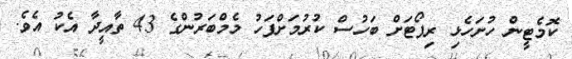
ކޮމެޓީން ހުށަހެޅި ރިޕޯޓަށް ބަހުސް ކުރުމަށްފަހު މެމްބަރުންގެ 43 ތާއީދާ އެކު އެވެ.